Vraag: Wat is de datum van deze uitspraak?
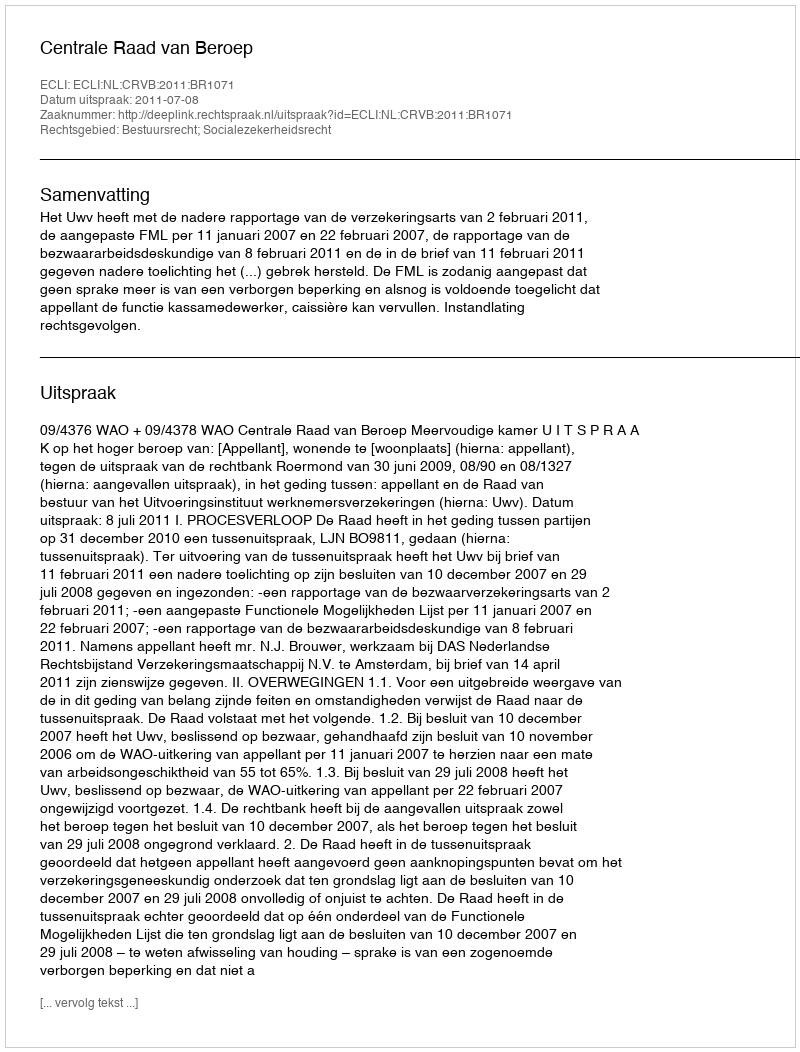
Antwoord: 2011-07-08